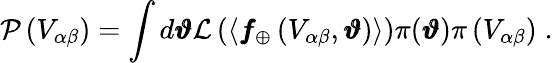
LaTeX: \mathcal{P}\left(V_{\alpha\beta}\right)=\int d\pmb{\vartheta}\mathcal{L}\left(\langle\pmb{f}_{\oplus}\left(V_{\alpha\beta},\pmb{\vartheta}\right)\rangle\right)\pi(\pmb{\vartheta})\pi\left(V_{\alpha\beta}\right)\; .